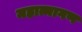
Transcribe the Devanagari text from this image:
महात्मागण